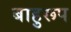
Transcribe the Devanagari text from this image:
बाहुरूप